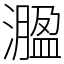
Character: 㵬